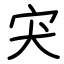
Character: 宊